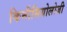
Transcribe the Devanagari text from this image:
किनीसियोलोजी